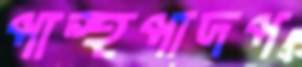
পান্থপাদপ